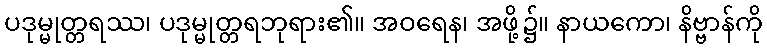
ပဒုမ္မုတ္တရဿ၊ ပဒုမ္မုတ္တရဘုရား၏။ အဝရေန၊ အဖို့၌။ နာယကော၊ နိဗ္ဗာန်ကို